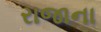
રાજાના